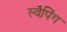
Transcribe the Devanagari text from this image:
स्वैपिंग